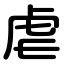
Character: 虐